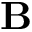
\mathbf { B }